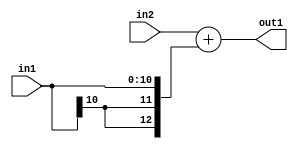
`timescale 1ps / 1ps
/*****************************************************************************
    Verilog RTL Description
    
    
    Created by: Stratus DpOpt 2019.1.01 
*******************************************************************************/

module SobelFilter_Add_12Ux11S_13S_1 (
	in2,
	in1,
	out1
	); /* architecture "behavioural" */ 
input [11:0] in2;
input [10:0] in1;
output [12:0] out1;
wire [12:0] asc001;

assign asc001 = 
	+(in2)
	+({{2{in1[10]}}, in1});

assign out1 = asc001;
endmodule

/* CADENCE  ubP1Tg4= : u9/ySgnWtBlWxVPRXgAZ4Og= ** DO NOT EDIT THIS LINE ******/